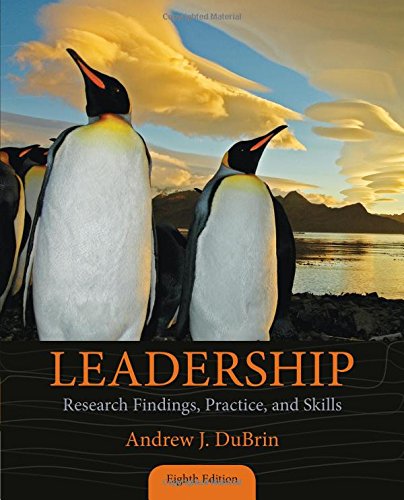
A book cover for Leadership: Research Findings, Practice, and Skills; Andrew J. DuBrin; Business & Money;